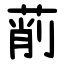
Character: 萷